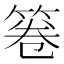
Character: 箞